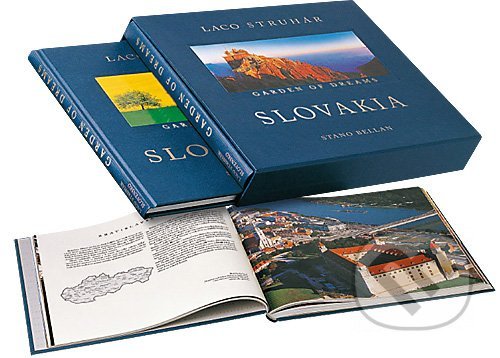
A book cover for Excelability in Advanced Latin: A Workbook for Students (Teacher's Guide); Marianthe Colakis; Travel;